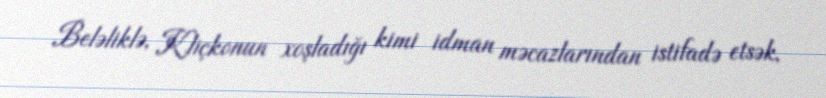
Beləliklə, Kliçkonun xoşladığı kimi idman məcazlarından istifadə etsək,